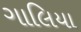
ગાલિયા